Document type: Sale
Year: 1430
Scribe: [Unknown]
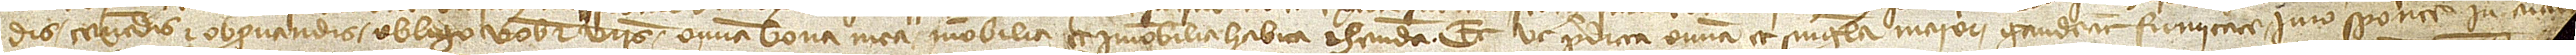
dis, tenendis et observandis obligo vobis et vestris omnia bona mea, mobilia et immobilia, habita et habenda. Et ut predicta omnia et singula maiori gaudeant firmitate, iuro spote in animam